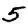
Digit: 5